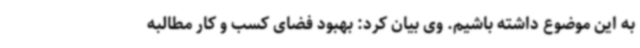
به این موضوع داشته باشیم. وی بیان کرد: بهبود فضای کسب و کار مطالبه